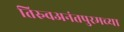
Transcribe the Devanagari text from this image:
तिरुवअनंतपुरमच्या